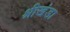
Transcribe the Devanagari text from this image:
श्रीखंडा